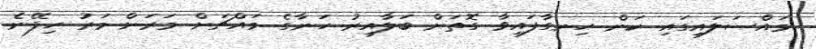
މައްސަލައިގައި ކަން ހިނގާފައިވާ ގޮތަށް ބަލާއިރު ހަނާގެ މައްޗަށް މަރަށް މަރު ހިފޭނެ